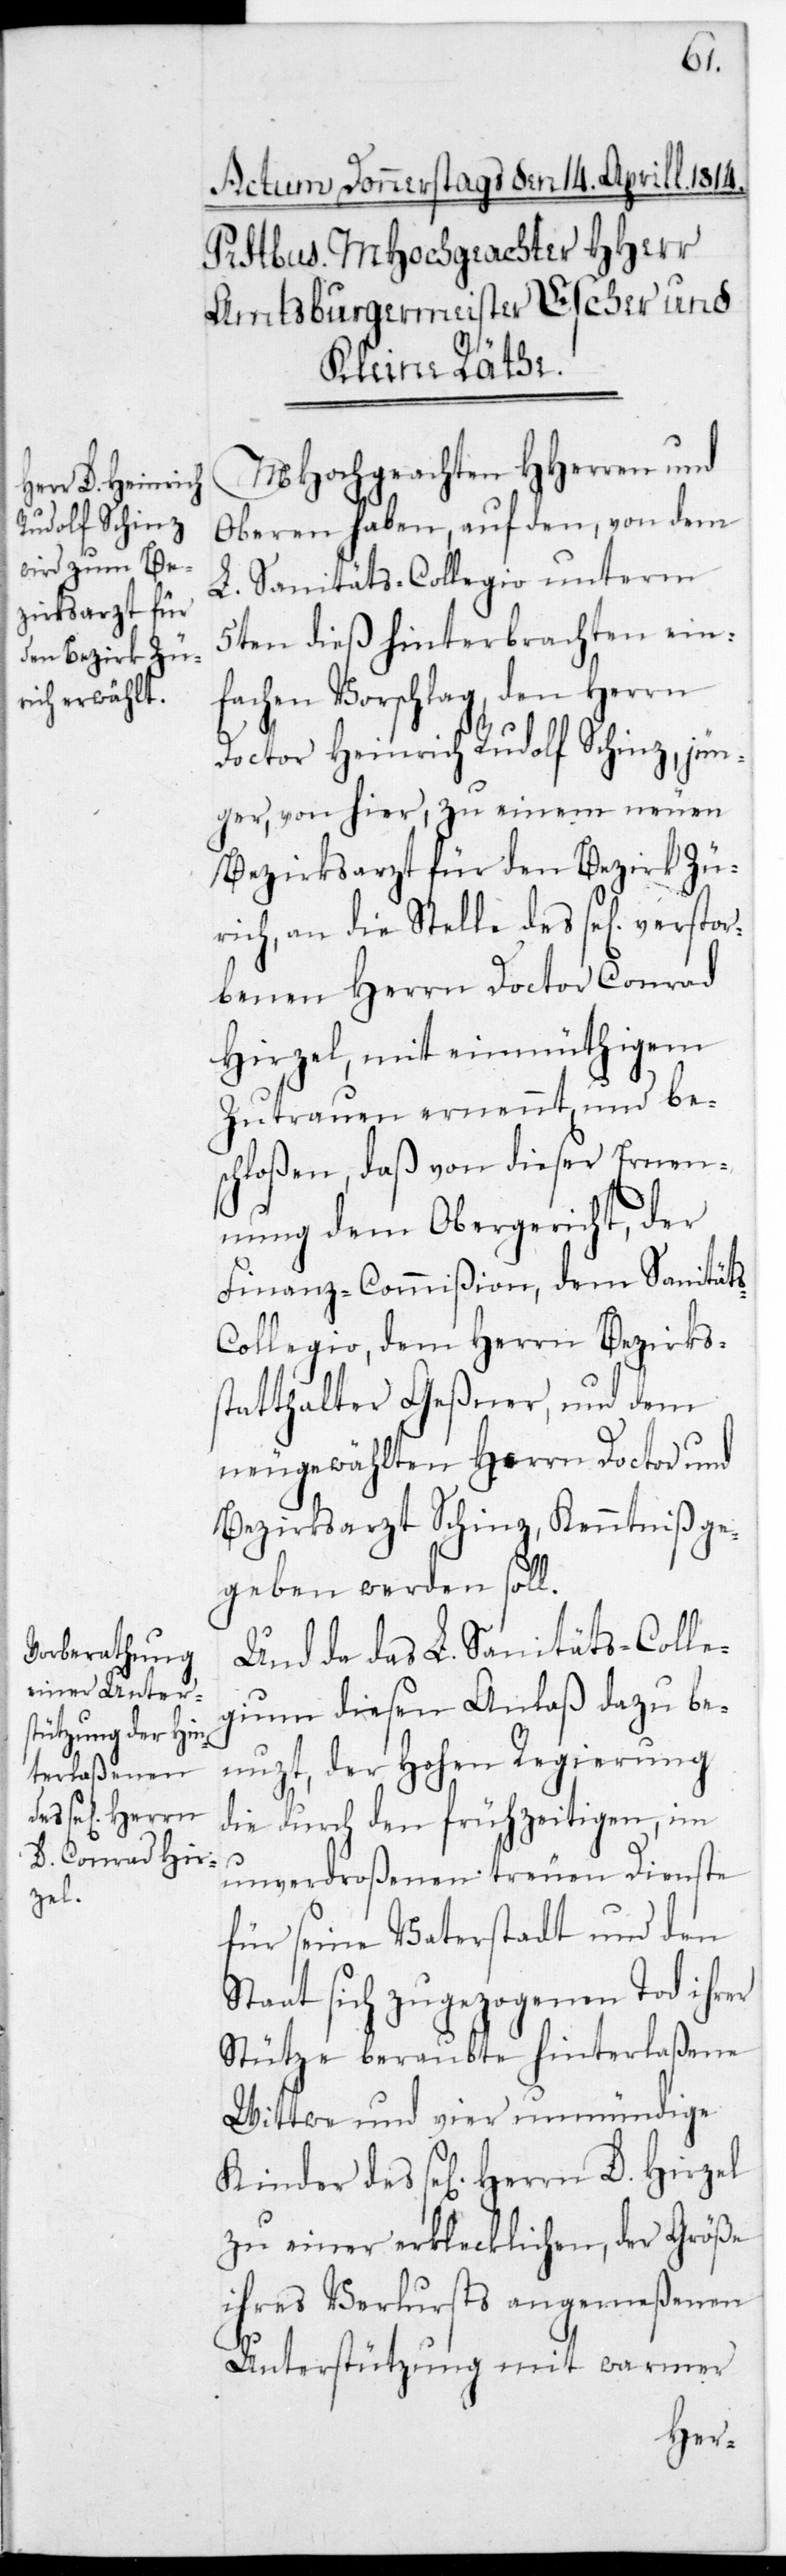
stor¬
MHochgeachten HHerren und
Oberen haben, auf den von dem
L. Sanitäts-Collegio unterm
5ten dieß hinterbrachten ein¬
fachen Vorschlag, den Herrn
Doctor Heinrich Rudolf Schinz, jün¬
ger, von hier, zu einem neuen
Bezirksarzt für den Bezirk Zü¬
rich, an die Stelle des se[lig] ver¬
benen Herrn Doctor Conrad
Hirzel, mit einmüthigem
Zutrauen ernennt, und be¬
schloßen, daß von dieser Ernen¬
nung dem Obergericht, der
Finanz-Commißion, dem Sanität¬
s-Collegio, dem Herrn Bezirks¬
statthalter Geßner und dem
neugewählten Herrn Doctor und
Bezirksarzt Schinz, Kenntniß ge¬
geben werden soll.
Und da das L. Sanitäts-Colle¬
gium diesen Anlaß dazu be¬
nuzt, der Hohen Regierung
die durch den frühzeitigen, im
unverdroßenen treuen Dienste
für seine Vaterstadt und den
Staat sich zugezogenen Tod ihrer
Stütze beraubte hinterlaßene
Wittwe und vier unmündige
Kinder des se[ligen] Herrn
zu einer erklecklichen, der Größe
ihres Verlursts angemeßenen
Unterstützung mit warmer